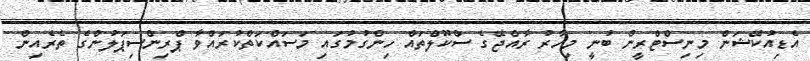
އެޑިއުކޭޝަން މިނިސްޓްރީން ބުނީ މިހާރު ރާއްޖޭގެ ސްކޫލްތައް ހިންގުމުގައި މަސައްކަތްކުރައްވާ ޕްރިންސިޕަލުންގެ ތެރެއިން